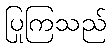
ပြုကြသည်